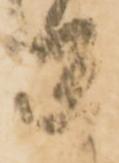
返